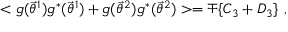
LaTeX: < g ( { \vec { \theta } } ^ { 1 } ) g ^ { * } ( { \vec { \theta } } ^ { 1 } ) + g ( { \vec { \theta } } ^ { 2 } ) g ^ { * } ( { \vec { \theta } } ^ { 2 } ) > = \mp \{ C _ { 3 } + D _ { 3 } \} \ ,